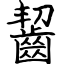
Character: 齧